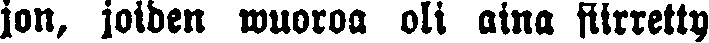
jon, joiden wuoroa oli aina siirretty